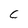
Character: C